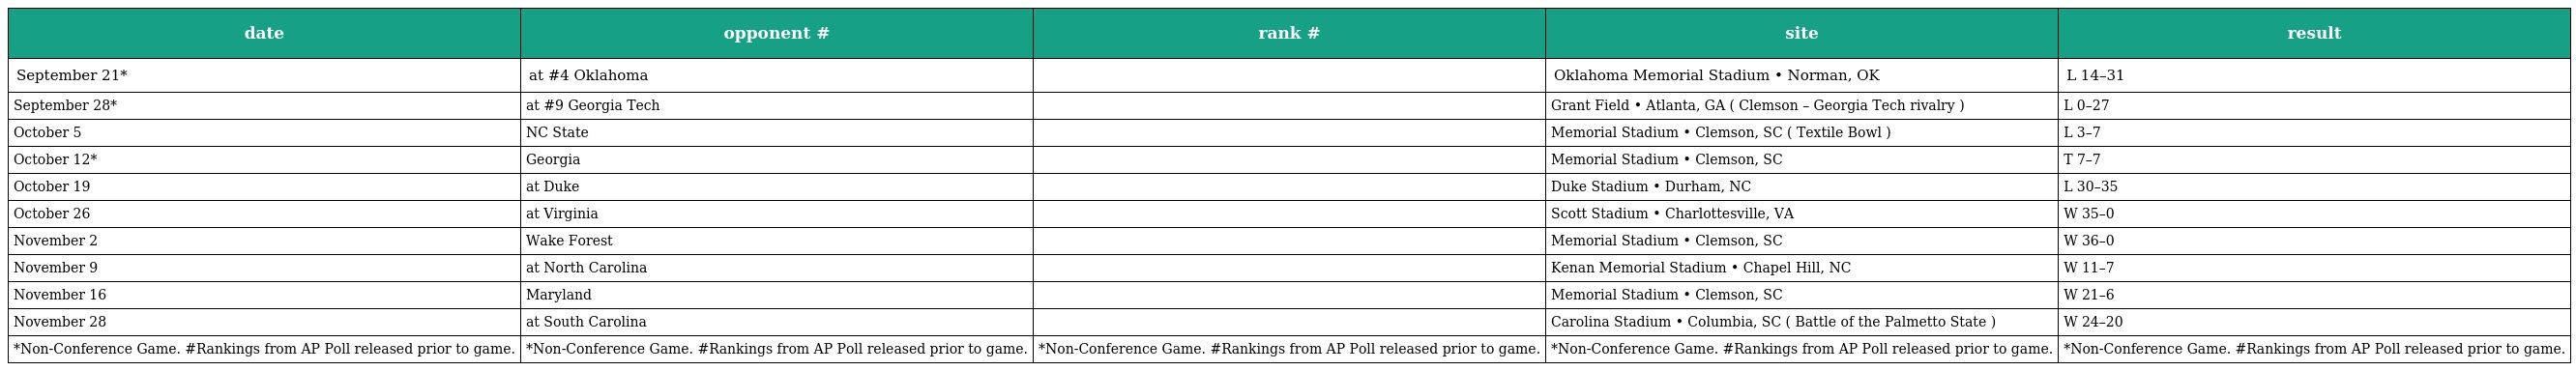
| date | opponent # | rank # | site | result |
 | --- | --- | --- | --- | --- |
 | September 21* | at #4 Oklahoma |  | Oklahoma Memorial Stadium • Norman, OK | L 14–31 |
 | September 28* | at #9 Georgia Tech |  | Grant Field • Atlanta, GA ( Clemson – Georgia Tech rivalry ) | L 0–27 |
 | October 5 | NC State |  | Memorial Stadium • Clemson, SC ( Textile Bowl ) | L 3–7 |
 | October 12* | Georgia |  | Memorial Stadium • Clemson, SC | T 7–7 |
 | October 19 | at Duke |  | Duke Stadium • Durham, NC | L 30–35 |
 | October 26 | at Virginia |  | Scott Stadium • Charlottesville, VA | W 35–0 |
 | November 2 | Wake Forest |  | Memorial Stadium • Clemson, SC | W 36–0 |
 | November 9 | at North Carolina |  | Kenan Memorial Stadium • Chapel Hill, NC | W 11–7 |
 | November 16 | Maryland |  | Memorial Stadium • Clemson, SC | W 21–6 |
 | November 28 | at South Carolina |  | Carolina Stadium • Columbia, SC ( Battle of the Palmetto State ) | W 24–20 |
 | *Non-Conference Game. #Rankings from AP Poll released prior to game. | *Non-Conference Game. #Rankings from AP Poll released prior to game. | *Non-Conference Game. #Rankings from AP Poll released prior to game. | *Non-Conference Game. #Rankings from AP Poll released prior to game. | *Non-Conference Game. #Rankings from AP Poll released prior to game. |